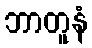
ဘာတူနံ